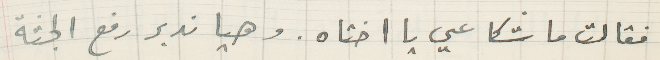
فقالت ماشكا عي يا اختاه. وهيا ندبر رفع الجثة